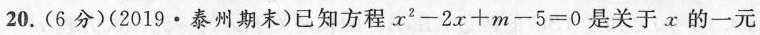
20.(6分)(2019·泰州期末)已知方程$$x^{2}-2x+m-5=0$$是关于x的一元